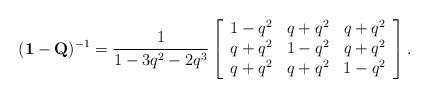
LaTeX: \begin{align*}( \mathbf{1} -\mathbf{Q} )^{-1} = \frac{1}{ 1-3q^2-2q^3} \left[ \begin{array}{ccc} 1-q^2 & q+q^2 & q+q^2 \\ q+q^2 & 1-q^2 & q+q^2 \\ q+q^2 & q+q^2 & 1-q^2\end{array} \right].\end{align*}